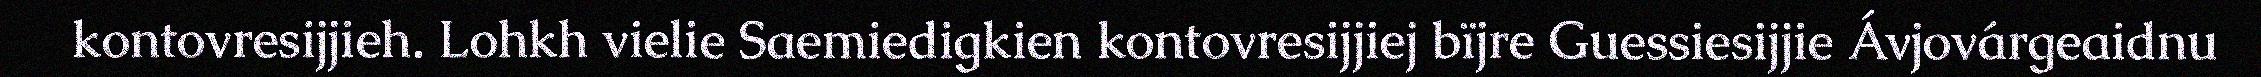
kontovresijjieh. Lohkh vielie Saemiedigkien kontovresijjiej bïjre Guessiesijjie Ávjovárgeaidnu